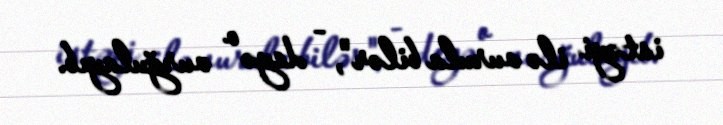
istəyi ilə vurula bilər", - deyə o vurğulayıb.